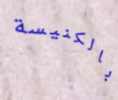
بالكنيسة